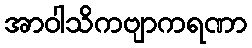
အာဝါသိကဗျာကရဏာ